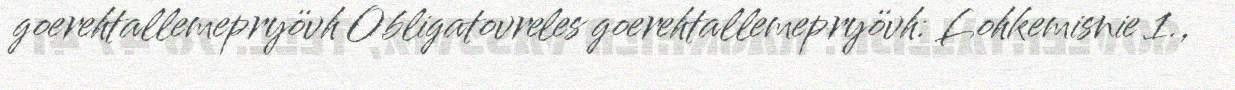
goerehtallemepryövh Obligatovreles goerehtallemepryövh: Lohkemisnie 1.,